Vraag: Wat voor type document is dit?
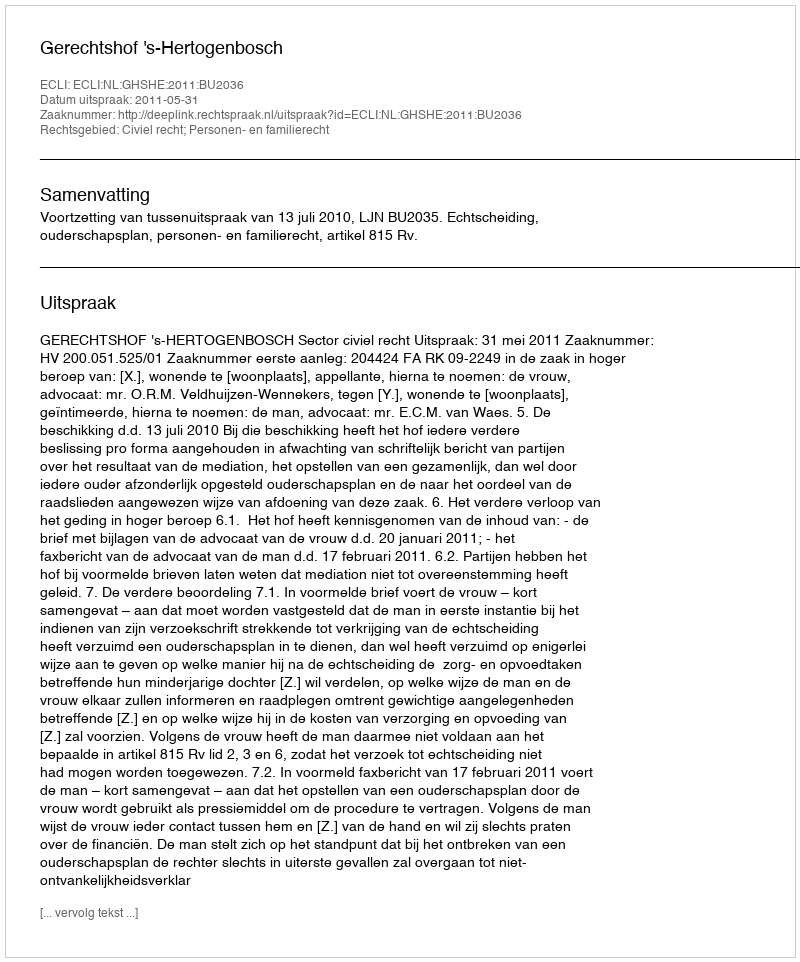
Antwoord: Uitspraak